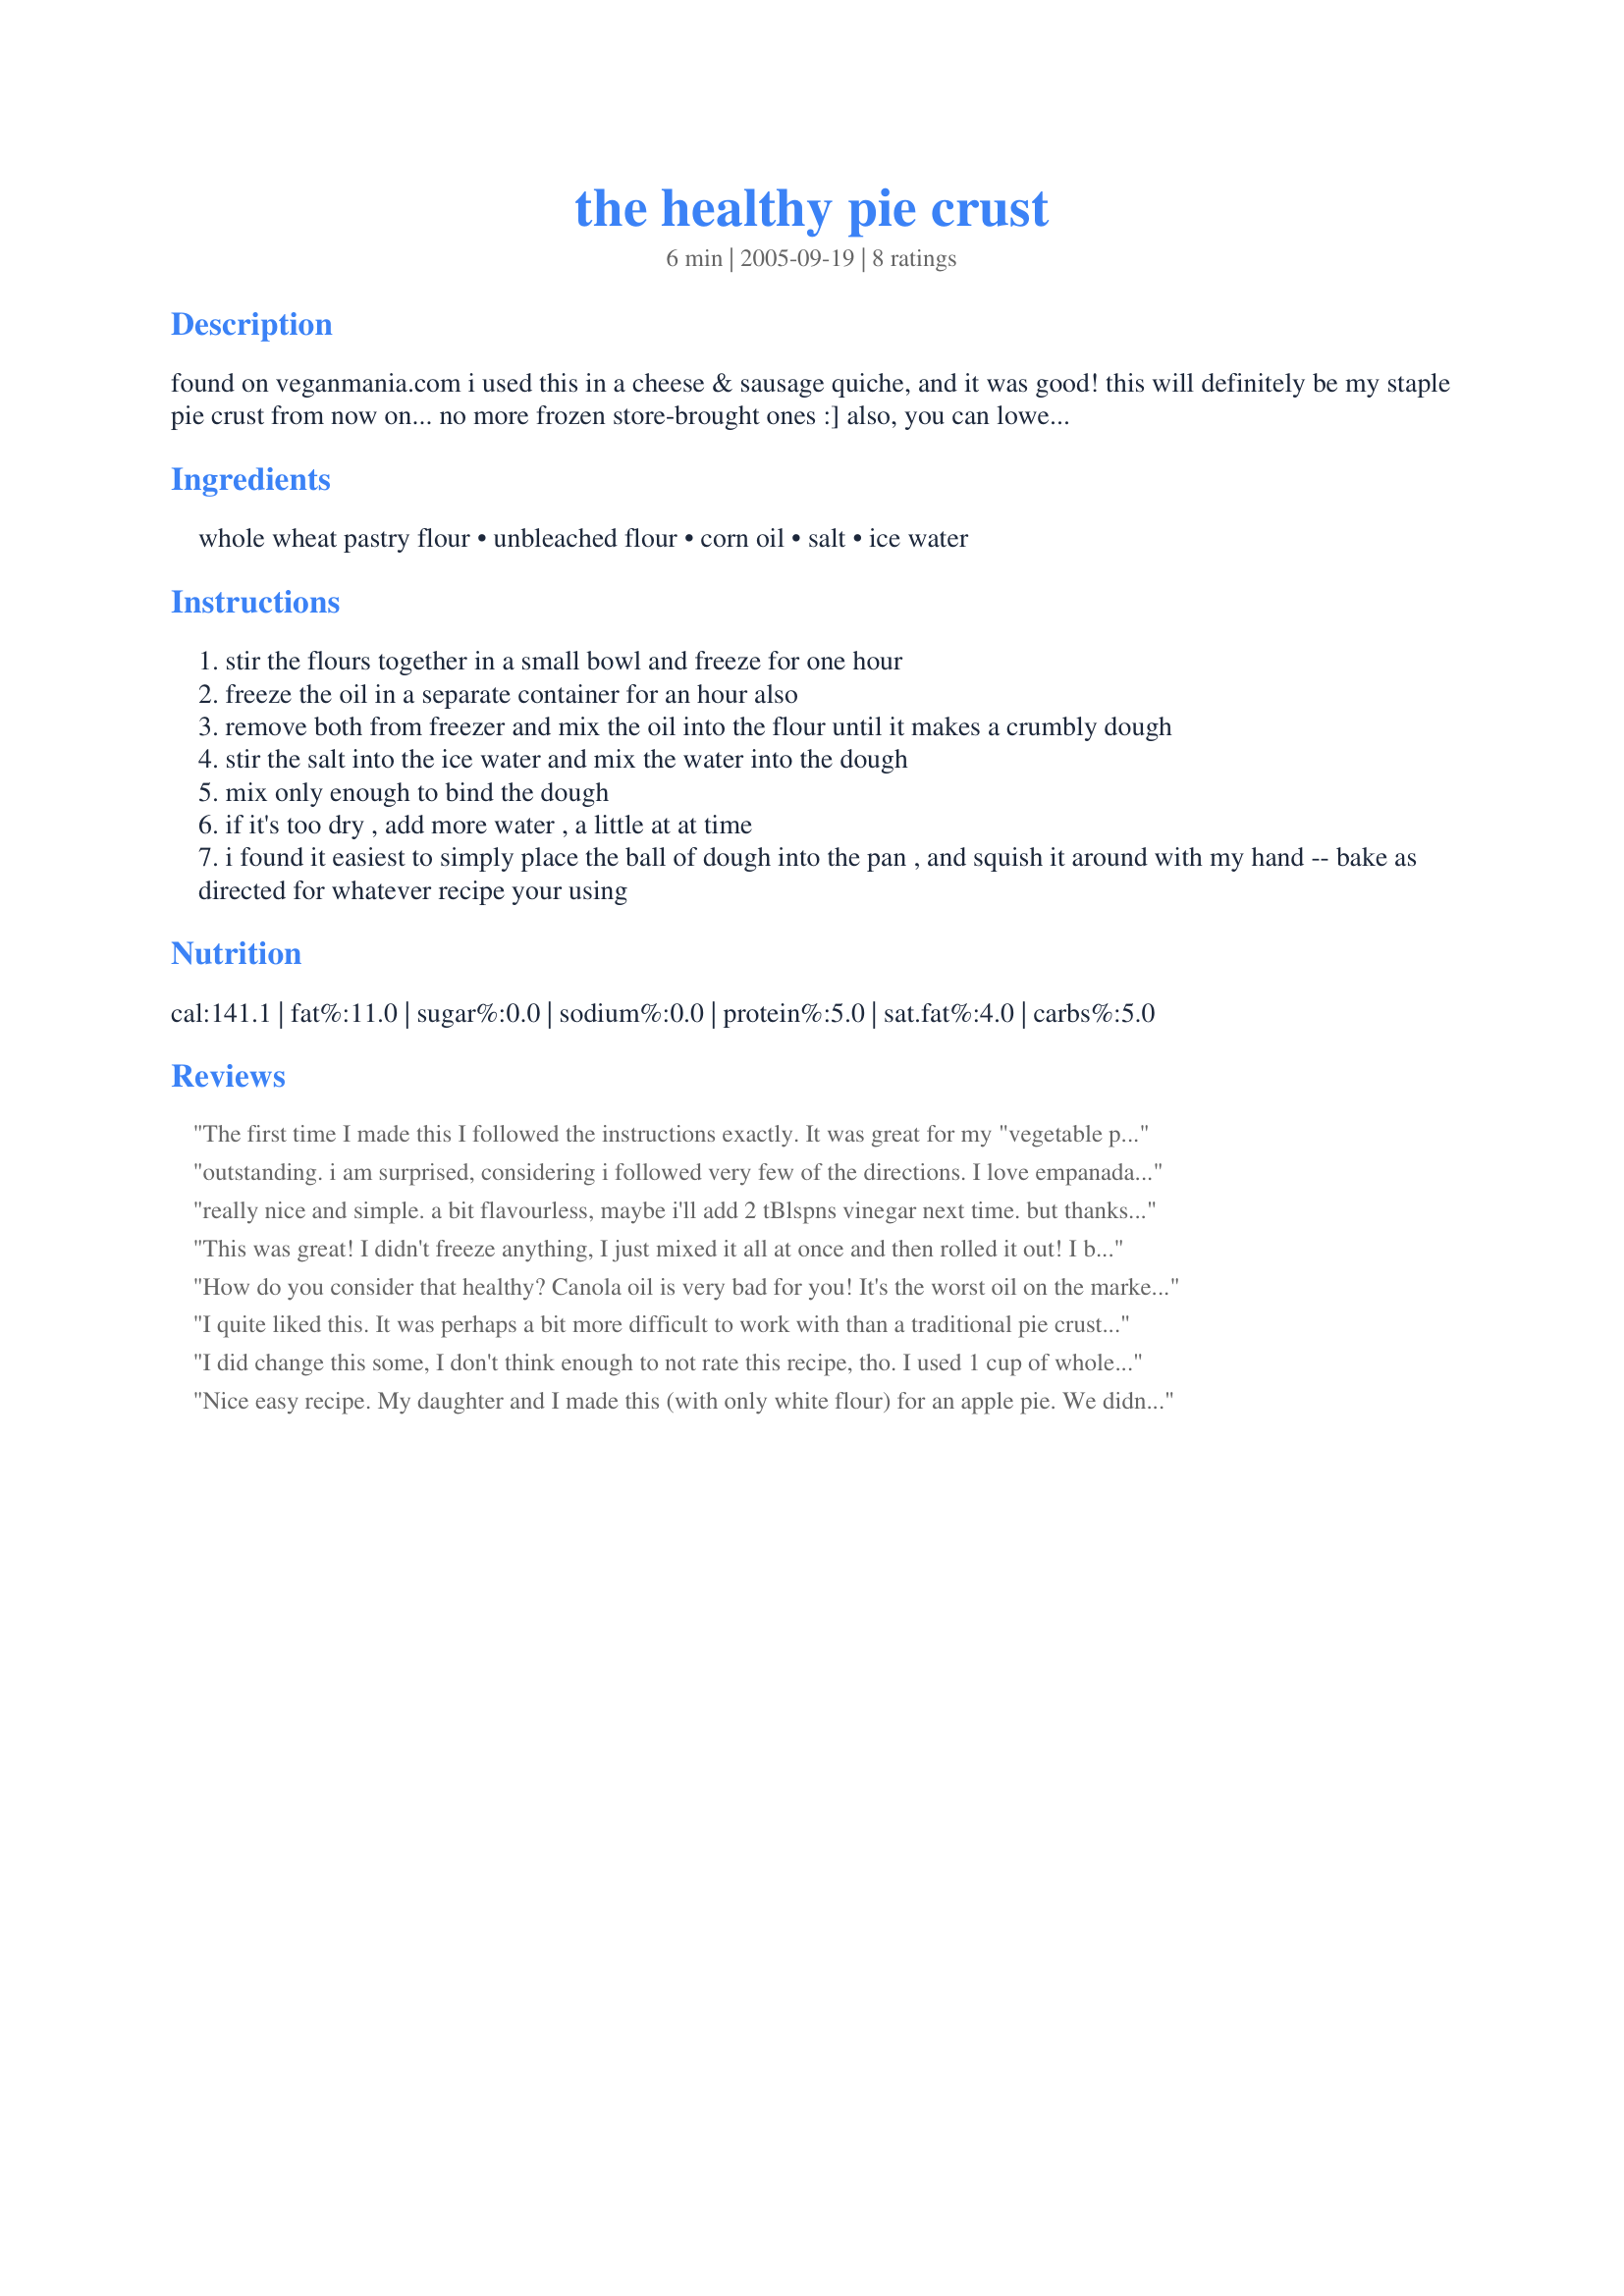
the healthy pie crust
Preparation time: 6 minutes

found on veganmania.com i used this in a cheese & sausage quiche, and it was good! this will definitely be my staple pie crust from now on... no more frozen store-brought ones :] also, you can lower the amount of ingredients in this- this crust is kinda thick.

Ingredients:
whole wheat pastry flour, unbleached flour, corn oil, salt, ice water

Steps:
stir the flours together in a small bowl and freeze for one hour
freeze the oil in a separate container for an hour also
remove both from freezer and mix the oil into the flour until it makes a crumbly dough
stir the salt into the ice water and mix the water into the dough
mix only enough to bind the dough
if it's too dry , add more water , a little at at time
i found it easiest to simply place the ball of dough into the pan , and squish it around with my hand -- bake as directed for whatever recipe your using

Reviews:
The first time I made this I followed the instructions exactly. It was great for my "vegetable pie". The second time I did not chill anything and used cold tap water - I felt the dough was much easier to work with and it tastes just fine!
outstanding. i am surprised, considering i followed very few of the directions. I love empanadas and meat pies, but cannot stand the thought of eating the high fat of traditional crusts. i made empanadas using very very thinly rolled (as thin as i could get it on foil, and peeled it off like a fruit roll) dough using only bleached flour, no chilling. i barely mixed, however, so that the gluten would not develop (like a biscuit), and the crust was light and flaky!!! better than when i used butter under traditional chilling/methods. who knew? i'm so happy i found this recipe. i will be using it again and again. btw, i used enough water so that the dough was very pliable and soft- wetter than the normal "just held together" type recipe.
really nice and simple. a bit flavourless, maybe i'll add 2 tBlspns vinegar next time. but thanks for a great low-fat pie recipe!UPDATE - 1 tablespoon of vinegar is fine, or it'll be too strong. I just wanted to reaffirm how incredibly easy this was, even without refrigerating! For a healthy(er) piecrust, this is awesome!!!
This was great! I didn't freeze anything, I just mixed it all at once and then rolled it out! I baked mine for about 15 minutes because I needed a baked pie shell for Mock Sour Cream Raisin Pie Recipe #164086. I also added alittle sugar because I was afraid it wouldn't be sweet enough as this crust would be used for dessert.
Thanks for this healthier alternative for a pie crust demented1091!

How do you consider that healthy? Canola oil is very bad for you! It's the worst oil on the market to buy. How about using olive oil.
I quite liked this. It was perhaps a bit more difficult to work with than a traditional pie crust, but that's to be expected - they're made with saturated fats for a reason! I was overall surprised by how well this worked. I added a few tablespoons of sugar to make it work for a sweet pie.
I did change this some, I don't think enough to not rate this recipe, tho. I used 1 cup of whole wheat flour (not pastry), 1/2 cup winter whole wheat flour & 1/2 kamut flour. I used about 2 Tb canola oil and 1 Tb soy margarine. I did add about 1/2 TB lemon juice. My husband and I both really liked it. I think I agree to add a little sugar (1-2 TB) when using this for a sweet pie.
Nice easy recipe. My daughter and I made this (with only white flour) for an apple pie. We didn't add any sugar to it, which was a nice balance to the sweet filling. We also didn't bother to chill anything, and it worked fine.
